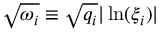
\sqrt { \omega _ { i } } \equiv \sqrt { q _ { i } } | \ln ( \xi _ { i } ) |